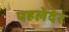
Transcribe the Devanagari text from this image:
पहलेदेर